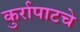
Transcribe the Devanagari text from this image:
कुर्रापाटचे